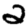
Digit: 2